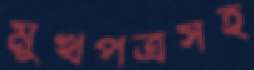
মুখপত্রসহ